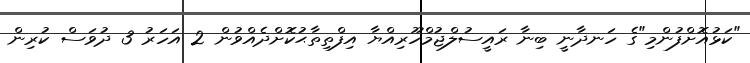
"ކަޅުއޮށްފުންމި"ގެ ހަނދާނީ ބިނާ ރައީސުލްޖުމްހޫރިއްޔާ އިފްތިތާޙުކޮށްދެއްވުން 2 އަހަރު 3 ދުވަސް ކުރިން